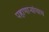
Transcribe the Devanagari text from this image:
पहाणाऱ्यांचाच